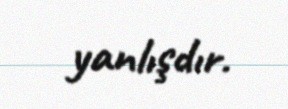
yanlışdır.